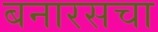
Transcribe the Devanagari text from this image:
बनारसचा